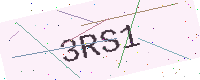
Text: 3RS1